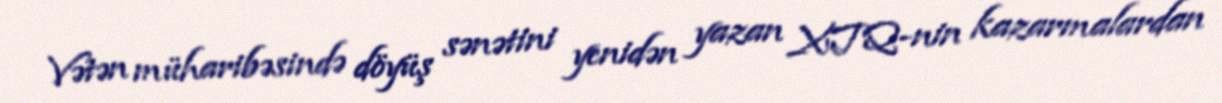
Vətən müharibəsində döyüş sənətini yenidən yazan XTQ-nin kazarmalardan